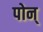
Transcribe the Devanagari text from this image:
पोन्